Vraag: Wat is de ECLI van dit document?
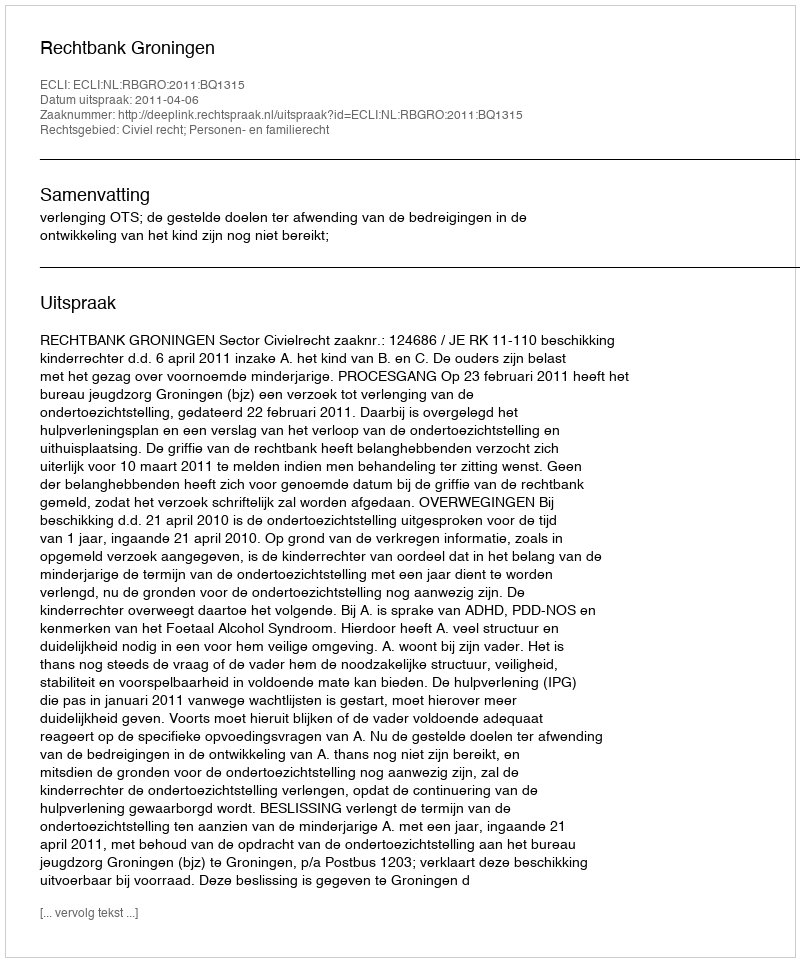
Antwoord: ECLI:NL:RBGRO:2011:BQ1315